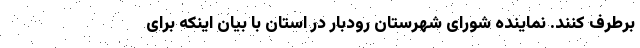
برطرف کنند. نماینده شورای شهرستان رودبار در استان با بیان اینکه برای